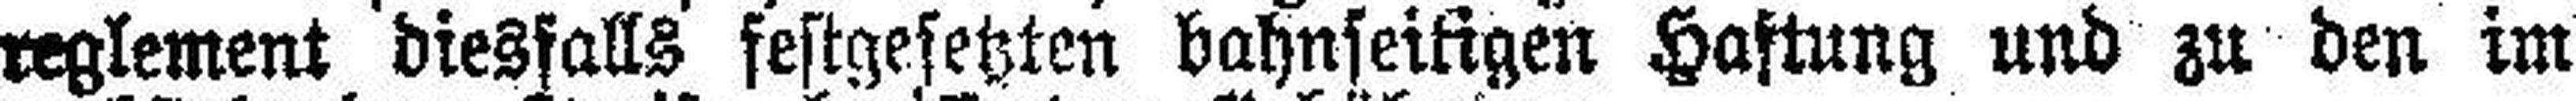
reglement diesfalls festgesetzten bahnseitigen Haftung und zu den im